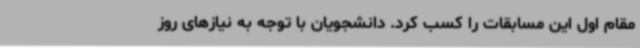
مقام اول این مسابقات را کسب کرد. دانشجویان با توجه به نیازهای روز